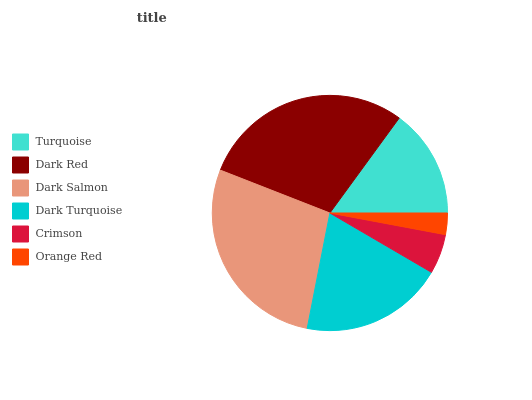
| Turquoise | Dark Red | Dark Salmon | Dark Turquoise | Crimson | Orange Red |
 | --- | --- | --- | --- | --- | --- |
 | 14.9% | 29.1% | 27.8% | 19.7% | 5.45% | 2.94% |